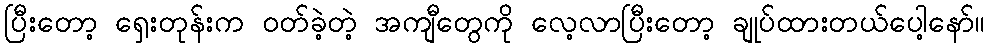
ပြီးတော့ ရှေးတုန်းက ဝတ်ခဲ့တဲ့ အကျီတွေကို လေ့လာပြီးတော့ ချုပ်ထားတယ်ပေါ့နော်။